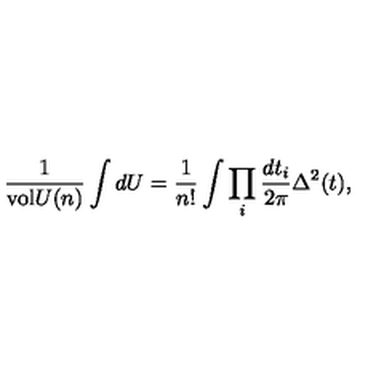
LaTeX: { \frac { 1 } { \mathrm { v o l } U ( n ) } } \int d U = { \frac { 1 } { n ! } } \int \prod _ { i } { \frac { d t _ { i } } { 2 \pi } } \Delta ^ { 2 } ( t ) ,